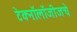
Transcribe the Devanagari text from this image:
टेक्नॉलॉजीजचे